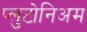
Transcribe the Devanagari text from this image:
प्लुटोनिअम